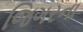
જિગરના